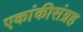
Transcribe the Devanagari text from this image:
एकांकीसंग्रह